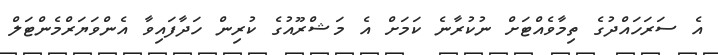
އެ ސަރަހައްދުގެ ތިމާވެއްޓަށް ނުކުރާނެ ކަމަށް އެ މަޝްރޫއުގެ ކުރިން ހަދާފައިވާ އެންވަޔަރްމެންޓަލް